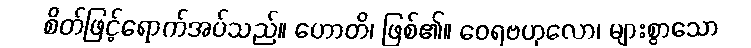
စိတ်ဖြင့်ရောက်အပ်သည်။ ဟောတိ၊ ဖြစ်၏။ ဝေရဗဟုလော၊ များစွာသော